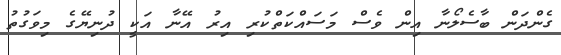
ގެންދަން ބާސެލޯނާ އިން ވެސް މަސައްކަތްކުރި އިރު އޭނާ އަކީ ދުނިޔޭގެ މިވަގުތު